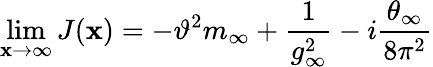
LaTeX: \operatorname*{lim}_{\mathbf{x}\to\infty}J(\mathbf{x})=-\vartheta^{2}m_{\infty}+\frac{{1}}{{g_{\infty}^{2}}}-i\frac{{\theta_{\infty}}}{{8\pi^{2}}}